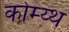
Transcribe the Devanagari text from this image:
कोम्य्थ